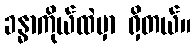
ခန္ဓာကိုယ်ထဲမှာ ရှိတယ်။